Leaving Certificate Examination, 1921
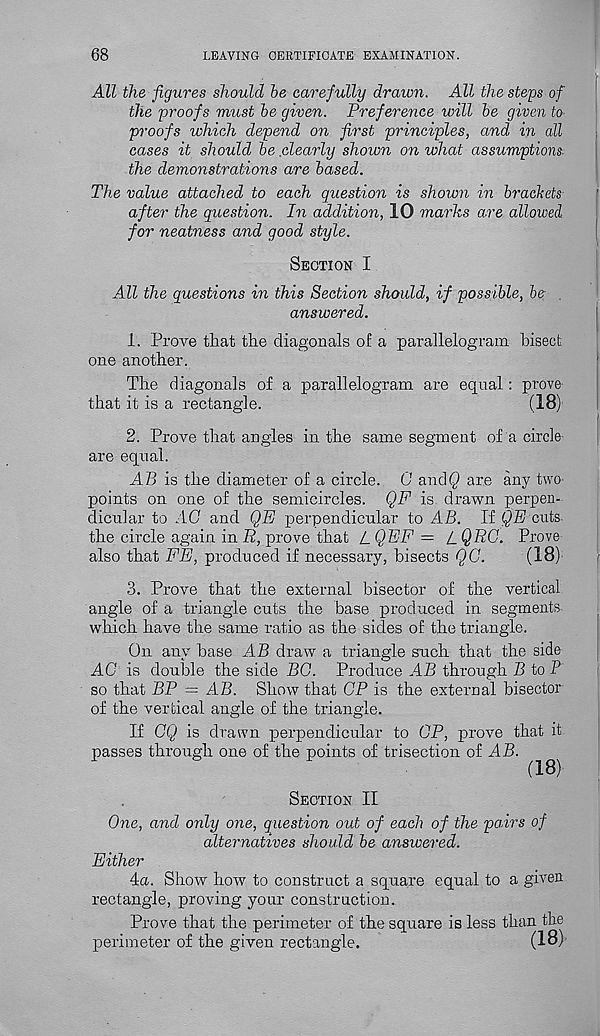
68
LEAVING CERTIFICATE EXAMINATION.
All the figures should be carefully drawn. All the steps of
the proofs must be given. Preference will be given to
proofs which depend on first principles, and in all
cases it should be .clearly shown on what assumptions:
the demonstrations are based.
The value attached to each question is shown in brackets
after the question. In addition, 10 marks are allowed
for neatness and good style.
Section I
All the questions in this Section should, if possible, be
answered.
1. Prove that the diagonals of a parallelogram bisect
one another.
The diagonals of a parallelogram are equal: prove
that it is a rectangle.
(18)
|
2. Prove that angles in the same segment of a circle
are equal.
AB is the diameter of a circle. 0 and() are any two-
points on one of the semicircles. QF is drawn perpen-
dicular to AC and QE perpendicular to AB. If QE cuts
the circle again in R, prove that L QEF = L QRC. Prove
also that FE, produced if necessary, bisects QC.
(18)
3. Prove that the external bisector of the vertical
angle of a triangle cuts the base produced in segments
which have the same ratio as the sides of the triangle.
On any base AB draw a triangle such that the side
AC is double the side BG. Produce AB through B to P
so that BP — AB. Show that CP is the external bisector
of the vertical angle of the triangle.
If CQ is drawn perpendicular to CP, prove that it
passes through one of the points of trisection of AB.
^
Section II
One, and only one, question out of each of the pairs of
alternatives should be answered.
Either
4a. Show how to construct a square equal to a given
rectangle, proving your construction.
Prove that the perimeter of the square is less than the
perimeter of the given rectangle.
(18)